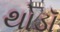
થોડૉ